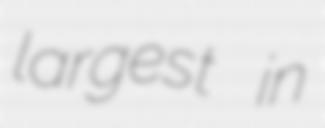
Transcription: largest in